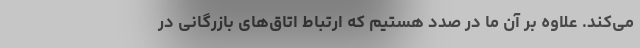
می‌کند. علاوه بر آن ما در صدد هستیم که ارتباط اتاق‌های بازرگانی در